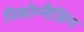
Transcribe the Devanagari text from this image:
रिकोग्नैजिंग